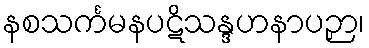
နစသင်္ကမနပဋိသန္ဒဟနာပဉှာ၊